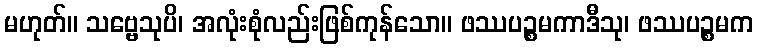
မဟုတ်။ သဗ္ဗေသုပိ၊ အလုံးစုံလည်းဖြစ်ကုန်သော။ ဖဿပဉ္စမကာဒီသု၊ ဖဿပဉ္စမက